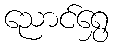
ညောင်ရွှေ